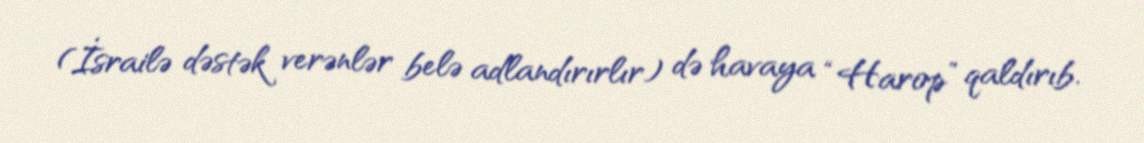
(İsrailə dəstək verənlər belə adlandırırlır) də havaya “Harop” qaldırıb.